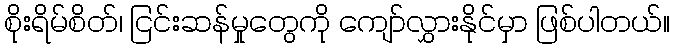
စိုးရိမ်စိတ်၊ ငြင်းဆန်မှုတွေကို ကျော်လွှားနိုင်မှာ ဖြစ်ပါတယ်။